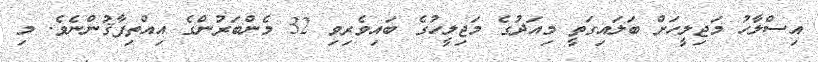
އިސްލާހު މަޖިލީހަށް ބަލައިގަތީ މިއަދުގެ މަޖިލީހުގެ ބައިވެރިވި 32 މެންބަރުންގެ އިއްތިފާޤުންނެވެ. މި